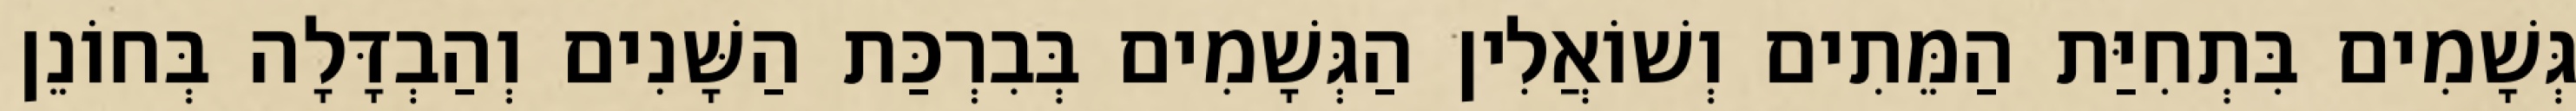
גְּשָׁמִים בִּתְחִיַּת הַמֵּתִים וְשׁוֹאֲלִין הַגְּשָׁמִים בְּבִרְכַּת הַשָּׁנִים וְהַבְדָּלָה בְּחוֹנֵן